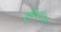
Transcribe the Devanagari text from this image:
ह्वैंपोआ